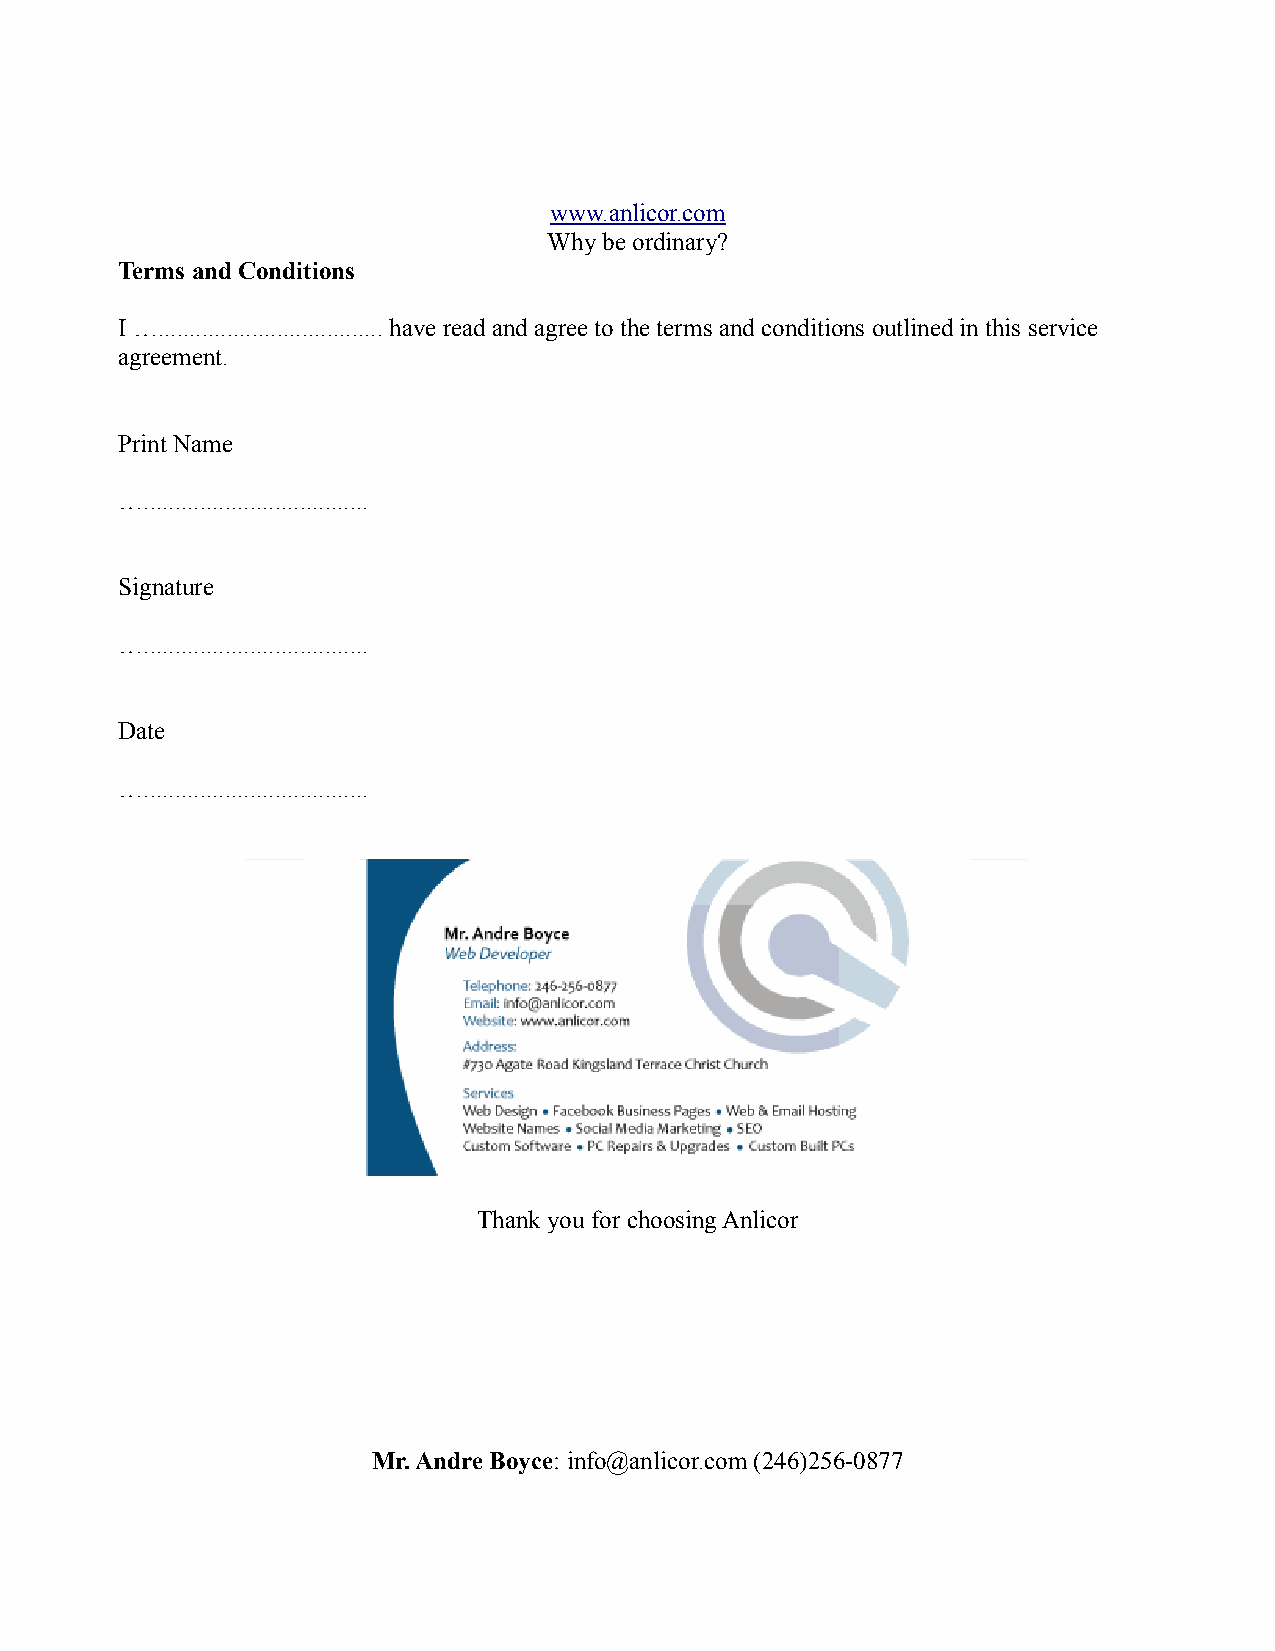
www.anlicor.com
 Why be ordinary?
 Terms and Conditions
 I ….................................... have read and agree to the terms and conditions outlined in this service
 agreement.
 Print Name
 …....................................
 Signature
 …....................................
 Date
 …....................................
 Thank you for choosing Anlicor
 Mr. Andre Boyce: info@anlicor.com (246)256-0877